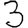
Digit: 3